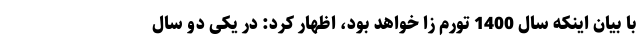
با بیان اینکه سال 1400 تورم زا خواهد بود، اظهار کرد: در یکی دو سال